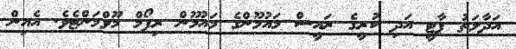
އަދާލަތު ޕާޓީ އަދި ކުރީގެ ރައީސް މައުމޫންގެ މައުމޫން ރިފޯމް މޫވްމަންޓެވެ. އެއިން